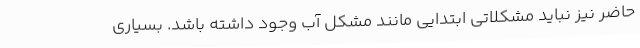
حاضر نیز نباید مشکلاتی ابتدایی مانند مشکل آب وجود داشته باشد. بسیاری